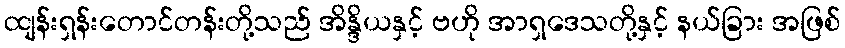
ထျန်းရှန်းတောင်တန်းတို့သည် အိန္ဒိယနှင့် ဗဟို အာရှဒေသတို့နှင့် နယ်ခြား အဖြစ်